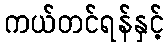
ကယ်တင်ရန်နှင့်